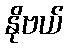
နိုဗယ်